Report on inoculation in the plague infected areas of the Punjab and its dependencies from October 1900 to September 1901
Year: 1900
Disease focus: Plague
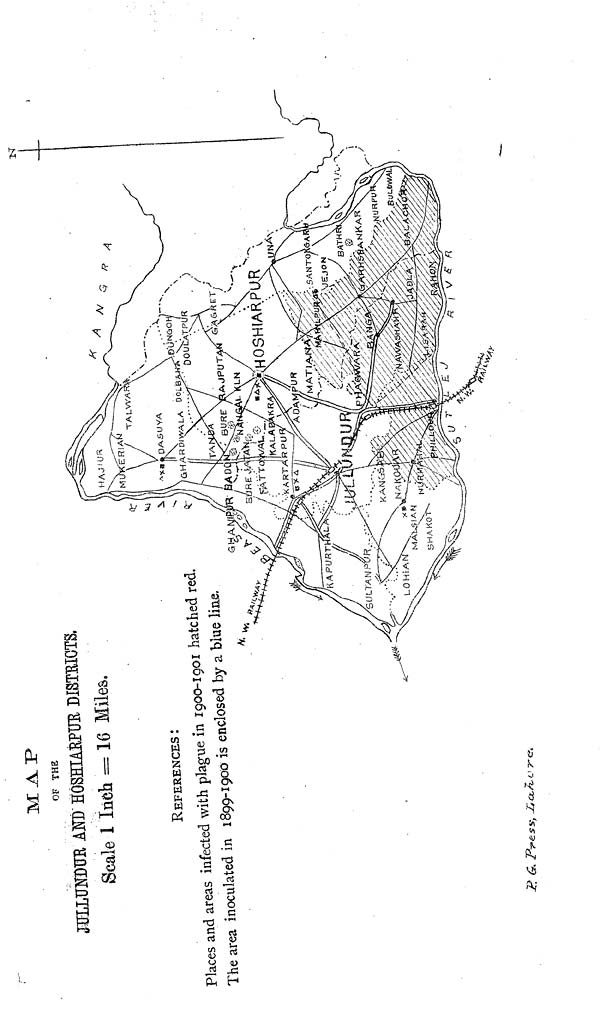
MAP
OF THE
JULLUNDUR AND HOSHIARPUR DISTRICTS.
Scale 1 Inch = 16 Miles.
REFERENCES:
Places and areas infected with plague in 1900-1901 hatched red.
The area inoculated in 1899-1900 is enclosed by a blue line.
P.G.
Press,
Lature.